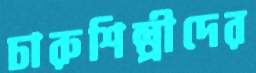
চারুশিল্পীদের